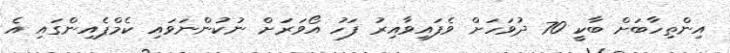
އިންތިހާބަށް ބާކީ 70 ދުވަހަށް ވެފައިވާއިރު ފަހު އޯވަރަށް ނުކުންނަވައި ކެމްޕެއިންގައި އެ